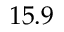
1 5 . 9